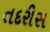
તદરીસ